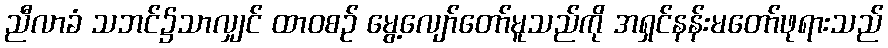
ညီလာခံ သဘင်၌သာလျှင် ထာဝစဉ် မွေ့လျော်တော်မူသည်ကို အရှင်နန်းမတော်ဖုရားသည်